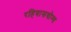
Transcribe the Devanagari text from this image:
रहिवासयोग्य